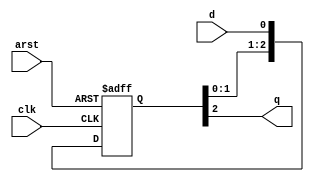
/* 
 * ----------------------------------------------------------------------------
 *  Project:  OpenHBMC
 *  Purpose:  Single bit synchronizer.
 * ----------------------------------------------------------------------------
 *  Copyright  2020-2022, Vaagn Oganesyan <ovgn@protonmail.com>
 *  
 *  Licensed under the Apache License, Version 2.0 (the "License");
 *  you may not use this file except in compliance with the License.
 *  You may obtain a copy of the License at
 *  
 *      http://www.apache.org/licenses/LICENSE-2.0
 *  
 *  Unless required by applicable law or agreed to in writing, software
 *  distributed under the License is distributed on an "AS IS" BASIS,
 *  WITHOUT WARRANTIES OR CONDITIONS OF ANY KIND, either express or implied.
 *  See the License for the specific language governing permissions and
 *  limitations under the License.
 * ----------------------------------------------------------------------------
 */


`default_nettype none
`timescale 1ps / 1ps


(* KEEP_HIERARCHY = "TRUE" *)
module hbmc_bit_sync #
(
    parameter integer C_SYNC_STAGES = 3,
    parameter         C_RESET_STATE = 1'b0
)
(
    input   wire    arst,
    input   wire    clk,
    input   wire    d,
    output  wire    q
);

    (* shreg_extract = "no", ASYNC_REG = "TRUE" *)  reg [C_SYNC_STAGES - 1:0] d_sync;
    
    
    always @(posedge clk or posedge arst) begin
        if (arst) begin
            d_sync <= {C_SYNC_STAGES{C_RESET_STATE}};
        end else begin
            d_sync <= {d_sync[C_SYNC_STAGES - 2:0], d};
        end 
    end
    
    
    assign q = d_sync[C_SYNC_STAGES - 1];
    
endmodule

/*----------------------------------------------------------------------------------------------------------------------------*/

`default_nettype wire